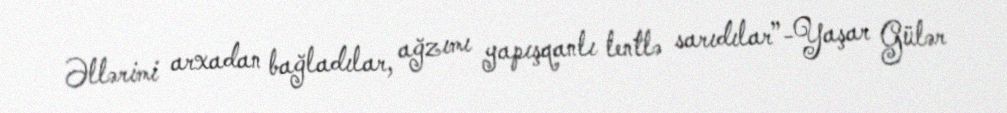
Əllərimi arxadan bağladılar, ağzımı yapışqanlı lentlə sarıdılar”-Yaşar Gülər